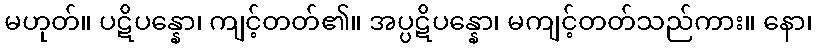
မဟုတ်။ ပဋိပန္နော၊ ကျင့်တတ်၏။ အပ္ပဋိပန္နော၊ မကျင့်တတ်သည်ကား။ နော၊